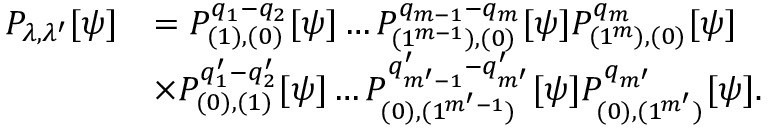
\begin{array} { r l } { P _ { \lambda , \lambda ^ { \prime } } [ \psi ] } & { = P _ { ( 1 ) , ( 0 ) } ^ { q _ { 1 } - q _ { 2 } } [ \psi ] \ldots P _ { ( 1 ^ { m - 1 } ) , ( 0 ) } ^ { q _ { m - 1 } - q _ { m } } [ \psi ] P _ { ( 1 ^ { m } ) , ( 0 ) } ^ { q _ { m } } [ \psi ] } \\ & { \times P _ { ( 0 ) , ( 1 ) } ^ { q _ { 1 } ^ { \prime } - q _ { 2 } ^ { \prime } } [ \psi ] \ldots P _ { ( 0 ) , ( 1 ^ { m ^ { \prime } - 1 } ) } ^ { q _ { m ^ { \prime } - 1 } ^ { \prime } - q _ { m ^ { \prime } } ^ { \prime } } [ \psi ] P _ { ( 0 ) , ( 1 ^ { m ^ { \prime } } ) } ^ { q _ { m ^ { \prime } } } [ \psi ] . } \end{array}